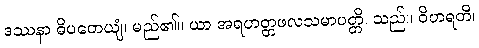
ဒဿနာ ဓိပတေယျံ၊ မည်၏။ ယာ အရဟတ္တဖလသမာပတ္တိ၊ သည်။ ဝိဟရတိ၊